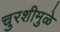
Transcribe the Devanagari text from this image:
चुरशीमुळे